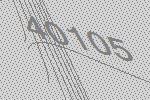
40105